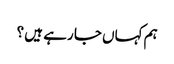
ہم کہاں جا رہے ہیں ؟